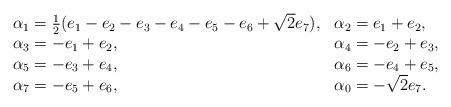
LaTeX: \begin{align*}\begin{array}{ll} \alpha_1={1\over2}(e_1-e_2-e_3-e_4-e_5-e_6+\sqrt2 e_7),&\alpha_2=e_1+e_2,\\ \alpha_3=-e_1+e_2,&\alpha_4=-e_2+e_3,\\ \alpha_5=-e_3+e_4,&\alpha_6=-e_4+e_5,\\ \alpha_7=-e_5+e_6,&\alpha_0=-\sqrt{2}e_7. \end{array} \end{align*}